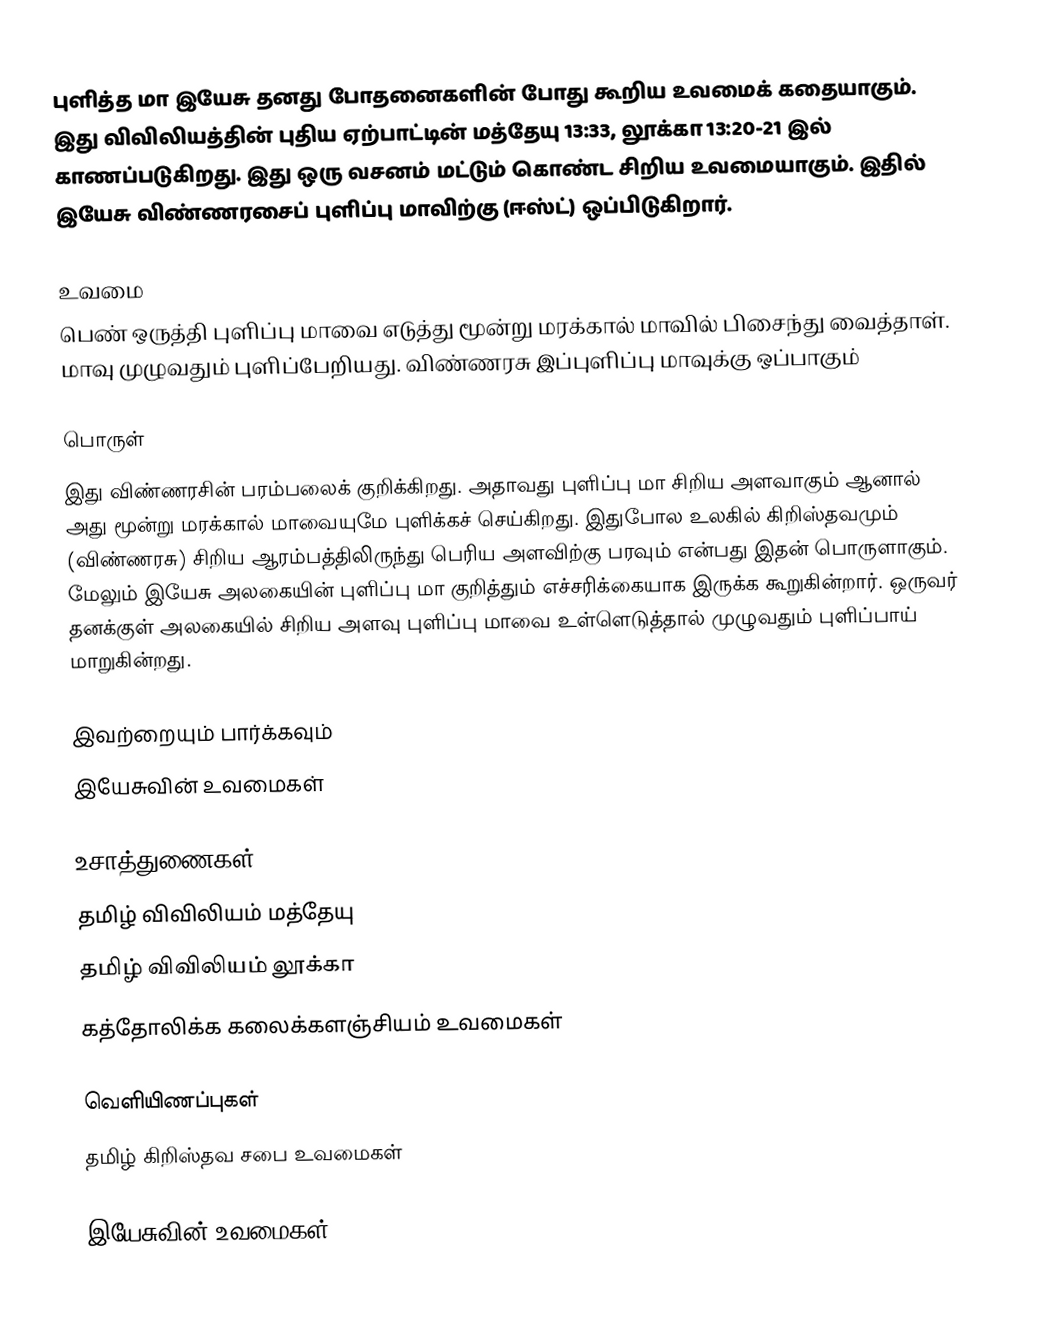
புளித்த மா இயேசு தனது போதனைகளின் போது கூறிய உவமைக் கதையாகும். இது விவிலியத்தின் புதிய ஏற்பாட்டின் மத்தேயு 13:33, லூக்கா 13:20-21 இல் காணப்படுகிறது. இது ஒரு வசனம் மட்டும் கொண்ட  சிறிய உவமையாகும். இதில் இயேசு விண்ணரசைப் புளிப்பு மாவிற்கு (ஈஸ்ட்) ஒப்பிடுகிறார்.

உவமை
பெண் ஒருத்தி புளிப்பு மாவை எடுத்து மூன்று மரக்கால் மாவில் பிசைந்து வைத்தாள். மாவு முழுவதும் புளிப்பேறியது. விண்ணரசு இப்புளிப்பு மாவுக்கு ஒப்பாகும்

பொருள்
இது விண்ணரசின் பரம்பலைக் குறிக்கிறது. அதாவது புளிப்பு மா சிறிய அளவாகும் ஆனால் அது மூன்று மரக்கால் மாவையுமே புளிக்கச் செய்கிறது. இதுபோல உலகில் கிறிஸ்தவமும் (விண்ணரசு) சிறிய ஆரம்பத்திலிருந்து பெரிய அளவிற்கு பரவும் என்பது இதன் பொருளாகும். மேலும் இயேசு அலகையின் புளிப்பு மா குறித்தும் எச்சரிக்கையாக இருக்க கூறுகின்றார். ஒருவர் தனக்குள் அலகையில் சிறிய அளவு புளிப்பு மாவை உள்ளெடுத்தால் முழுவதும் புளிப்பாய் மாறுகின்றது.

இவற்றையும் பார்க்கவும்
 இயேசுவின் உவமைகள்

உசாத்துணைகள்
 தமிழ் விவிலியம் மத்தேயு
 தமிழ் விவிலியம் லூக்கா
  கத்தோலிக்க கலைக்களஞ்சியம் உவமைகள்

வெளியிணப்புகள்
 தமிழ் கிறிஸ்தவ சபை  உவமைகள்

இயேசுவின் உவமைகள்